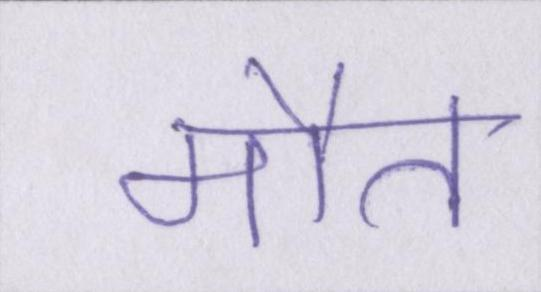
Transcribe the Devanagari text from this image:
मौत